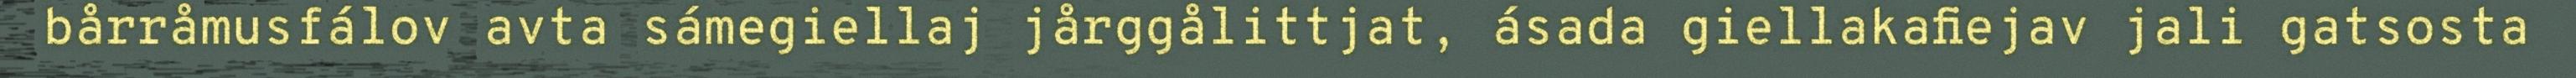
bårråmusfálov avta sámegiellaj jårggålittjat, ásada giellakafiejav jali gatsosta